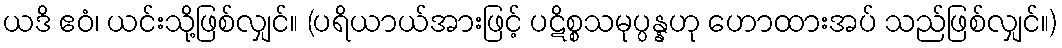
ယဒိ ဧဝံ၊ ယင်းသို့ဖြစ်လျှင်။ (ပရိယာယ်အားဖြင့် ပဋိစ္စသမုပ္ပန္နဟု ဟောထားအပ် သည်ဖြစ်လျှင်။)